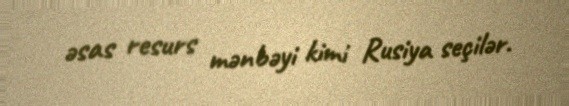
əsas resurs mənbəyi kimi Rusiya seçilər.